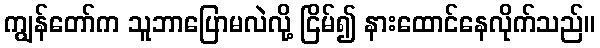
ကျွန်တော်က သူဘာပြောမလဲလို့ ငြိမ်၍ နားထောင်နေလိုက်သည်။